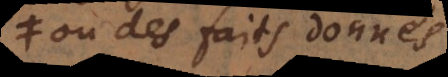
ou des faits donnés